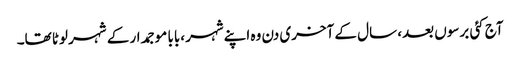
آج کئی برسوں بعد، سال کے آخری دن وہ اپنےشہر ،بابا موجمدار کے شہر لوٹا تھا۔